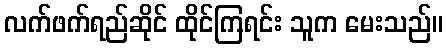
လက်ဖက်ရည်ဆိုင် ထိုင်ကြရင်း သူက မေးသည်။